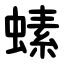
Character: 螦